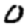
Digit: 0